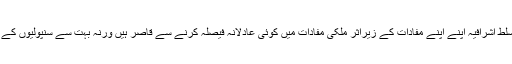
پاکستان کی بدقسمتی اور اندھے مقلدین کی خوش قسمتی کہ پاکستانی قوم پر مسلط اشرافیہ اپنے اپنے مفادات کے زیراثر ملکی مفادات میں کوئی عادلانہ فیصلہ کرنے سے قاصر ہیں ورنہ بہت سے سنپولیوں کے سرکچلنے سے ہی پاکستان میں امن و خوشحالی کے لمحات میسر آسکتے ہیں۔